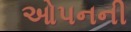
ઓપનની